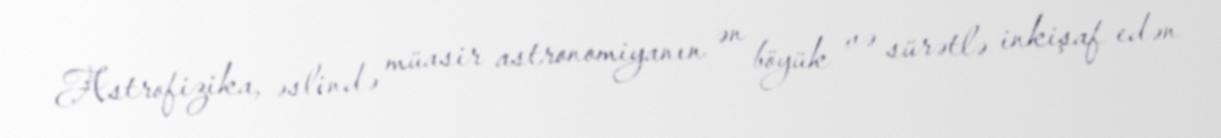
Astrofizika, əslində müasir astronomiyanın ən böyük və sürətlə inkişaf edən